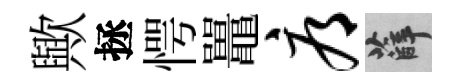
歟拯愕鼉辱薛